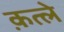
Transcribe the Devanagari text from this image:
क़त्ले